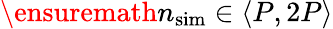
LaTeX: {\ensuremath{n_{\mathrm{sim}}}}\in\langle P,2P\rangle